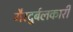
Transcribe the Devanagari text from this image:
गैरदुर्बलकारी